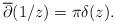
LaTeX: \begin{align*} \overline{\partial}(1/z)=\pi\delta(z).\end{align*}